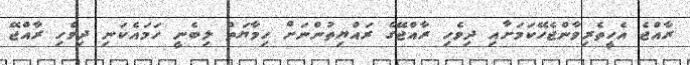
ރާއްޖެ އެހީތެރިވާންޖެހޭކަމަށާއި ދިވެހި ރާއްޖޭގެ ރައްޔިތުންނަށް ހިމާޔަތް ލިބެނީ ހަމައެކަނި ދިވެހި ރާއްޖޭ